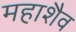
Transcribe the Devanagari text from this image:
महाशैव